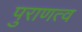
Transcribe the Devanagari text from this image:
पुराणत्व